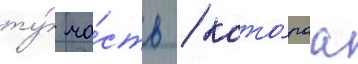
ту́ ча́сть / кото́раа